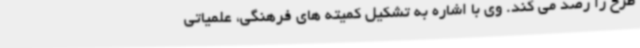
طرح را رصد می کند. وی با اشاره به تشکیل کمیته های فرهنگی، علمیاتی